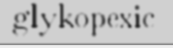
glykopexic